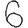
Digit: 6